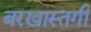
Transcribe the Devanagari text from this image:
बरख़ास्तगी